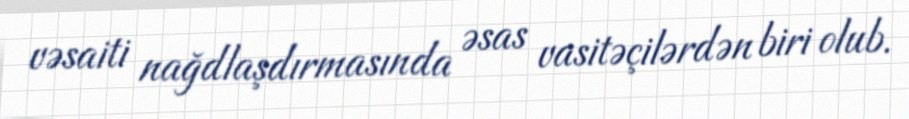
vəsaiti nağdlaşdırmasında əsas vasitəçilərdən biri olub.